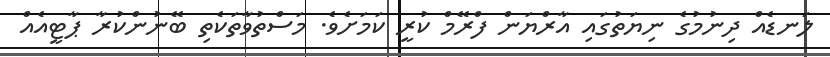
ލަނޑެއް ދިނުމުގެ ނިޔަތުގައި އާރްޔަން ފްރޭމް ކުރީ ކަމަށެވެ. މަސްތުވާތަކެތި ބޭނުންކުރާ ޕާޓީއެއް